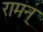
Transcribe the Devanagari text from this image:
रामन्‌